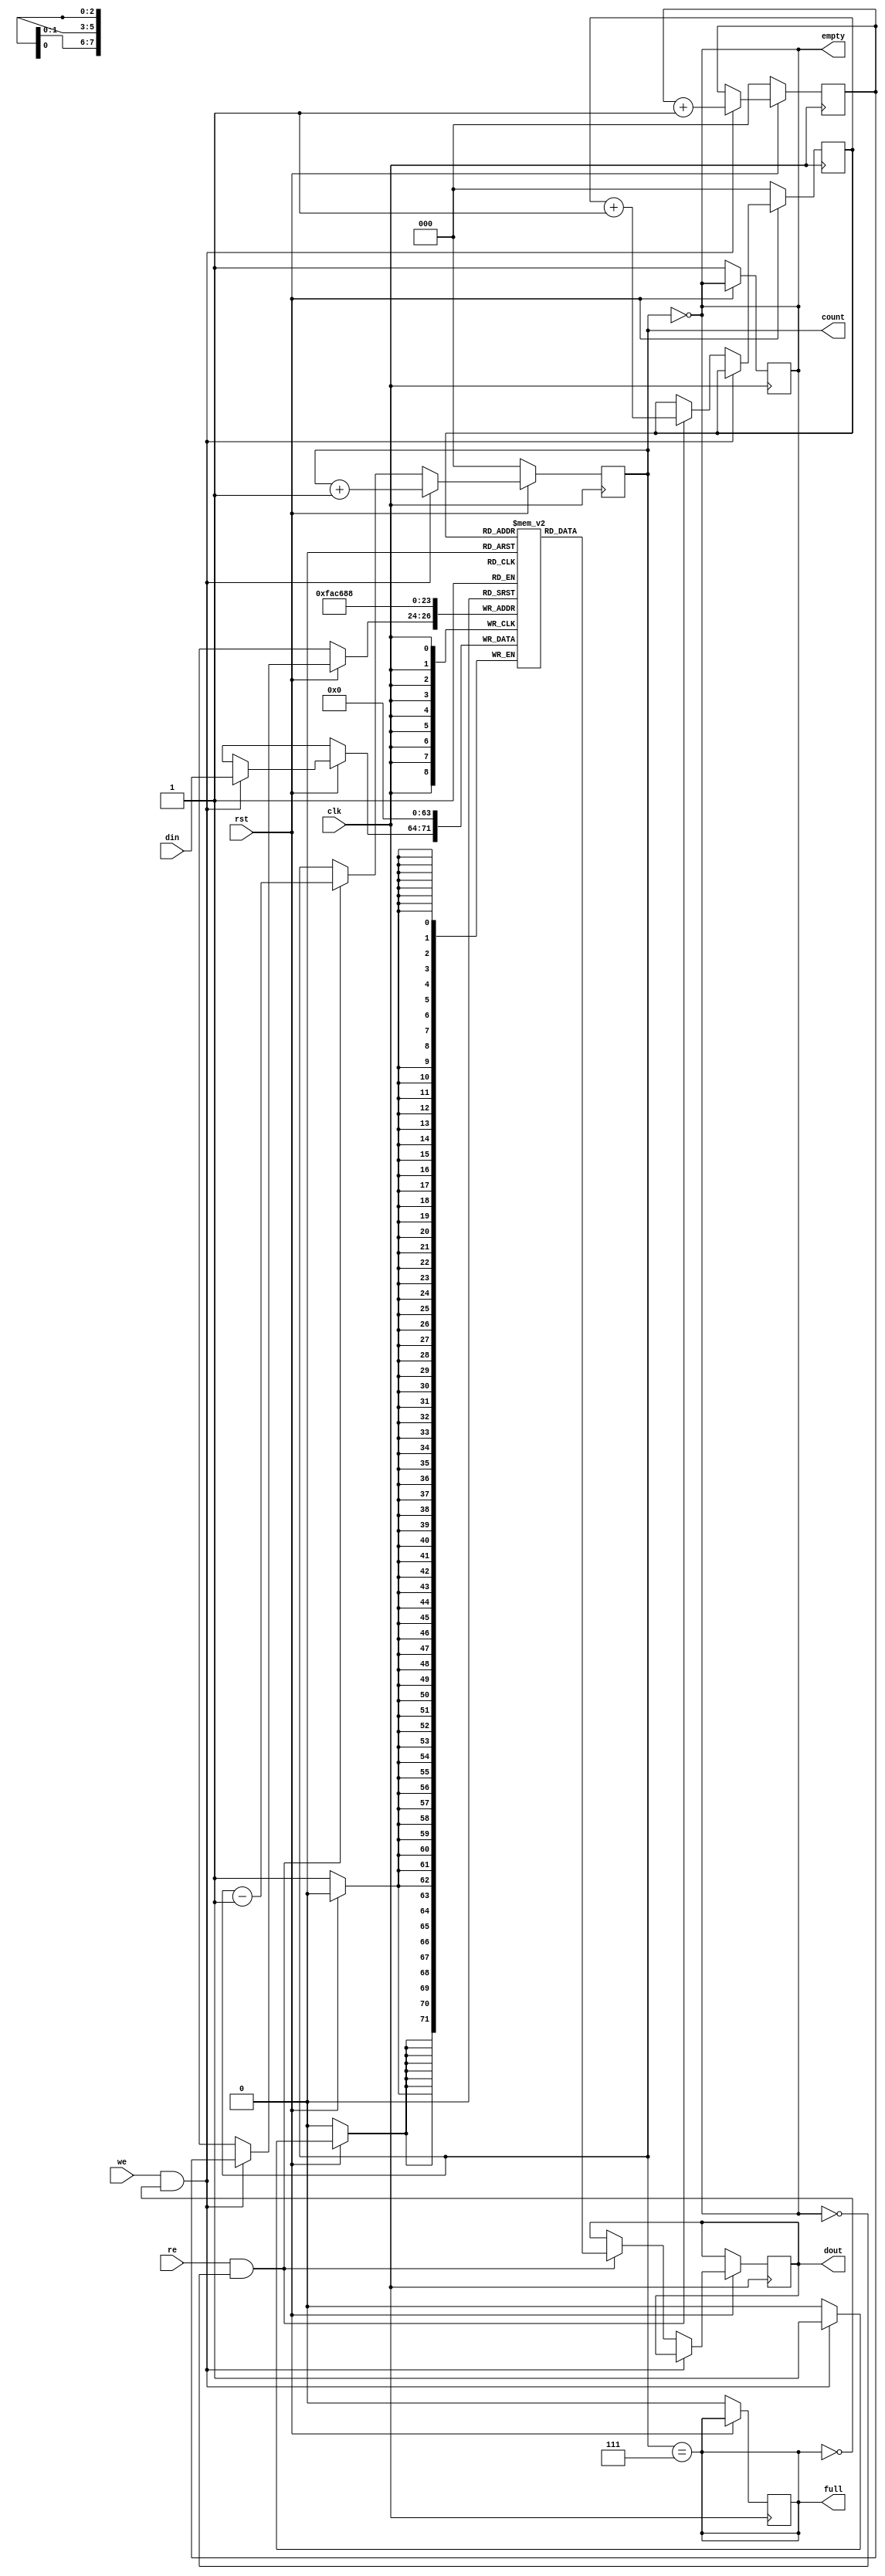
// Code - 8 8-bit data
module syncfifo(din,dout,rst,re,we,clk,full,empty,count);
input [7:0]din;
input rst,clk,re,we;
output reg empty,full;
output reg [7:0]dout;
output reg [2:0]count;

reg [2:0]rcount,wcount;
reg [7:0]fifo[0:7];


always@(posedge clk)
begin
    if(!rst)
      begin      
        rcount <= 3'b000; wcount <= 3'b000;  count <= 3'b000; full <= 0; empty<= 1;
        fifo[0] <= 0;fifo[1] <= 0;fifo[2] <= 0;fifo[3] <= 0;
        fifo[4] <= 0;fifo[5] <= 0;fifo[6] <= 0;fifo[7] <= 0;
        end
      
    else if (we == 1'b1 && !full)
             begin
               fifo[wcount] <= din;
               wcount <= wcount +1;     
               count <= count + 1;         
             end
                                
     else if (re == 1'b1 && !empty)
              begin
                dout <= fifo[rcount];
                rcount <= rcount +1;
                count <= count - 1;
               end   
end

always@(count)
begin
    full = ( count == 3'b111 );
    empty = ( count == 3'b000);
 end
 
endmodule